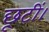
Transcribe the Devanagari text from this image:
छूटीं।